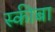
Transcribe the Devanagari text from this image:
स्कीबा